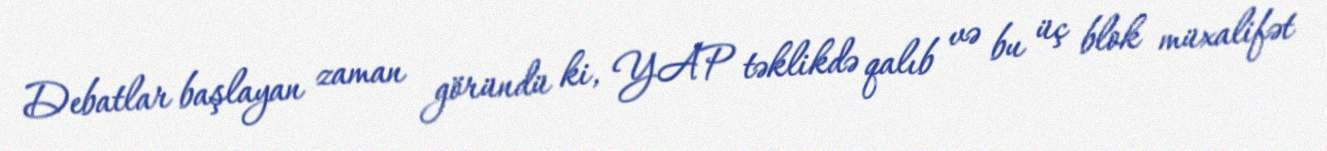
Debatlar başlayan zaman göründü ki, YAP təklikdə qalıb və bu üç blok müxalifət